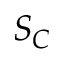
S _ { C }